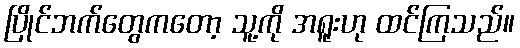
ပြိုင်ဘက်တွေကတော့ သူ့ကို အရူးဟု ထင်ကြသည်။